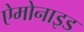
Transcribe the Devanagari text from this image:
ऐमोनाइड